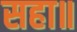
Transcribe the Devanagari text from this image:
सहा॥